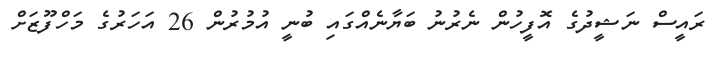
ރައީސް ނަޝީދުގެ އޮފީހުން ނެރުނު ބަޔާނެއްގައި ބުނީ އުމުރުން 26 އަހަރުގެ މަހްފޫޒަށް